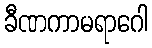
ခီဏကာမရာဂေါ